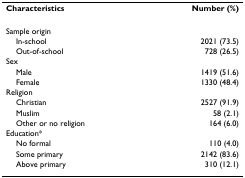
<table><thead><tr><td><b>Characteristics</b></td><td><b>Number (%)</b></td></tr></thead><tbody><tr><td>Sample origin</td><td></td></tr><tr><td> In-school</td><td>2021 (73.5)</td></tr><tr><td> Out-of-school</td><td>728 (26.5)</td></tr><tr><td>Sex</td><td></td></tr><tr><td> Male</td><td>1419 (51.6)</td></tr><tr><td> Female</td><td>1330 (48.4)</td></tr><tr><td>Religion</td><td></td></tr><tr><td> Christian</td><td>2527 (91.9)</td></tr><tr><td> Muslim</td><td>58 (2.1)</td></tr><tr><td> Other or no religion</td><td>164 (6.0)</td></tr><tr><td>Education*</td><td></td></tr><tr><td> No formal</td><td>110 (4.0)</td></tr><tr><td> Some primary</td><td>2142 (83.6)</td></tr><tr><td> Above primary</td><td>310 (12.1)</td></tr></tbody></table>